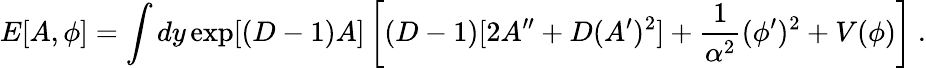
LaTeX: E[A,\phi]=\int dy\exp[(D-1)A]\left[(D-1)[2A^{\prime\prime}+D(A^{\prime})^{2}]+{\frac{1}{\alpha^{2}}}(\phi^{\prime})^{2}+V(\phi)\right]~.